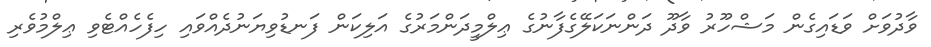
ވާދުވަށް ވަޑައިގެން މަޝްހޫރު ވާދޫ ދަންނަކަލޭގެފާނުގެ ޢިލްމީދަންމަރުގެ އަލިކަން ފަނޑުވިޔަނުދެއްވައި ހިފެހެއްޓެވި ޢިލްމުވެރި